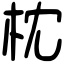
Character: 枕